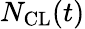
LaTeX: N_{\mathrm{{CL}}}(t)